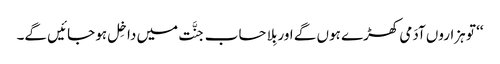
‘‘ تو ہزاروں آدَمی کھڑے ہوں گے اور بِلا حساب جنَّت میں داخِل ہو جائیں گے۔